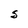
Character: S